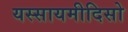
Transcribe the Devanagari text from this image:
यस्सायमीदिसो